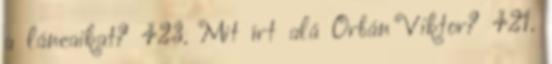
a láncaikat? 423. Mit írt alá Orbán Viktor? 421.